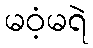
မဝံ့မရဲ